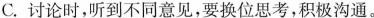
C. 讨论时，听到不同意见，要换位思考，积极沟通。